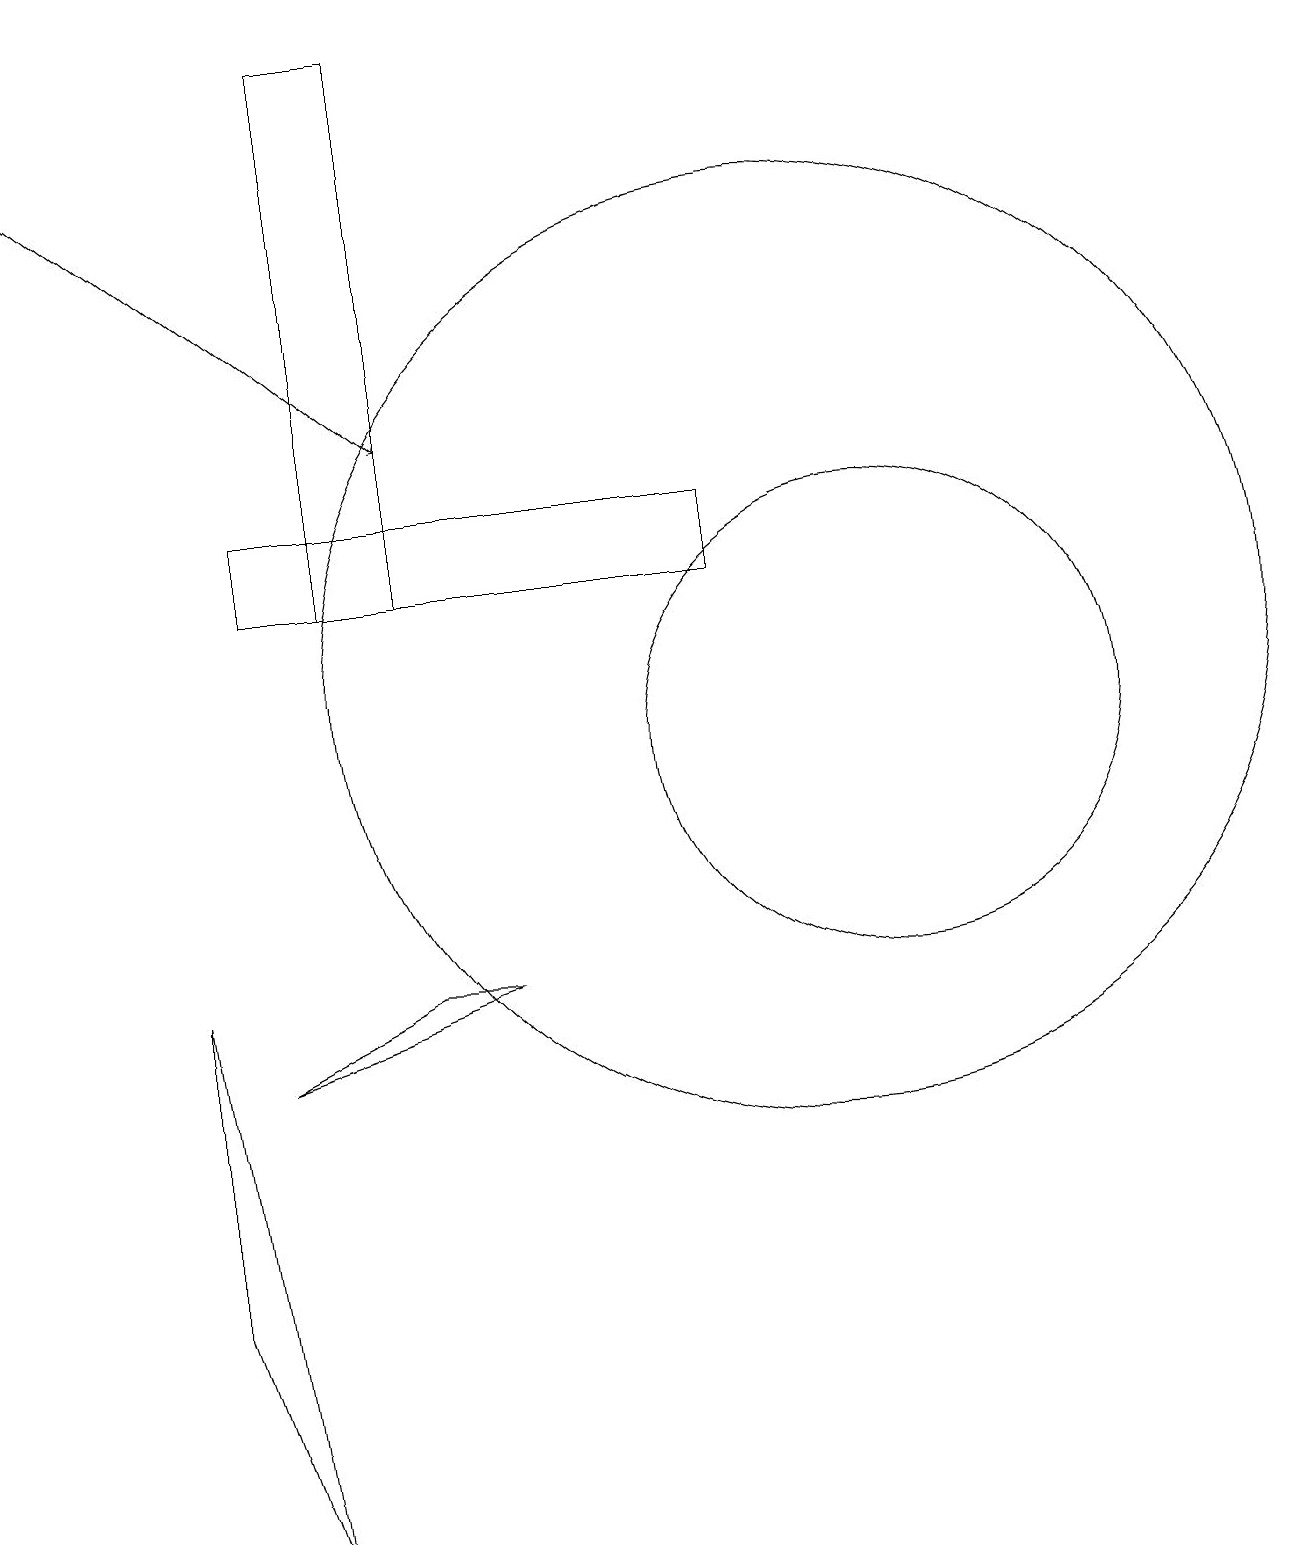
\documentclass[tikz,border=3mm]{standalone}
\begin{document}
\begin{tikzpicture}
\draw (11,10) circle (3);
\draw (2,7) -- (2,3) -- (3,0) -- cycle;
\draw (9,13) rectangle (3,12);
\draw (4,18) rectangle (4,19);
\draw (4,12) rectangle (5,19);
\draw (5,7) -- (3,6) -- (6,7) -- cycle;
\draw[->] (0,18) -- (5,14);
\draw (10,11) circle (6);
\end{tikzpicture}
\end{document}